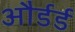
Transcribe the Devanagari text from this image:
और्डर्ड